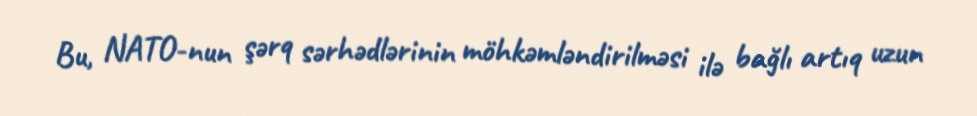
Bu, NATO-nun şərq sərhədlərinin möhkəmləndirilməsi ilə bağlı artıq uzun